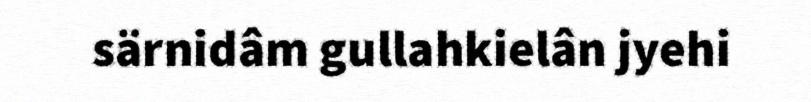
särnidâm gullahkielân jyehi